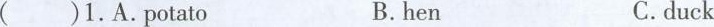
()1.A. Potato B.hen C.duck